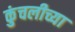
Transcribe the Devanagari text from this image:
कुंचलीच्या